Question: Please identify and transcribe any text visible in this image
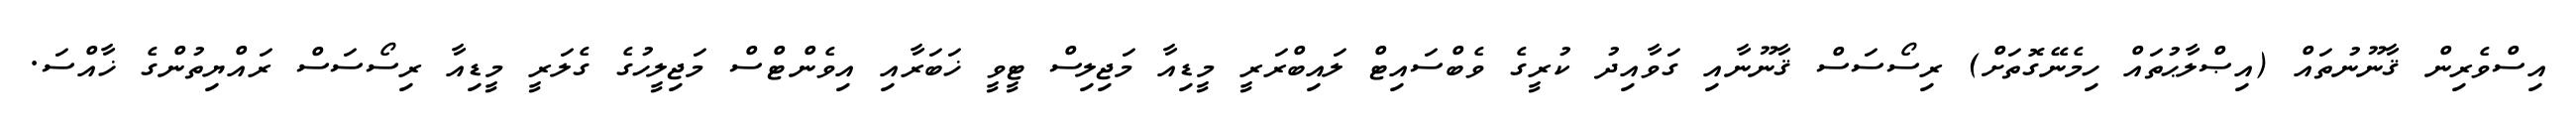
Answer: އިސްވެރިން ޤާނޫނުތައް (އިޞްލާޙުތައް ހިމެނޭގޮތަށް) ރިސޯސަސް ޤާނޫނާއި ގަވާއިދު ކުރީގެ ވެބްސައިޓް ލައިބްރަރީ މީޑިއާ މަޖިލިސް ޓީވީ ޚަބަރާއި އިވެންޓްސް މަޖިލީހުގެ ގެލަރީ މީޑިއާ ރިސޯސަސް ރައްޔިތުންގެ ޚާއްސަ.